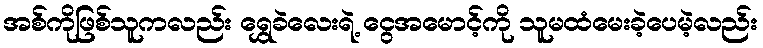
အစ်ကိုဖြစ်သူကလည်း ရွှေခဲလေးရဲ့ ငွေအမောင့်ကို သူမထံမေးခဲ့ပေမဲ့လည်း